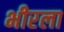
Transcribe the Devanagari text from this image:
भीरला